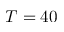
T = 4 0